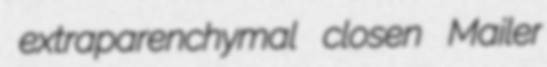
extraparenchymal closen Mailer